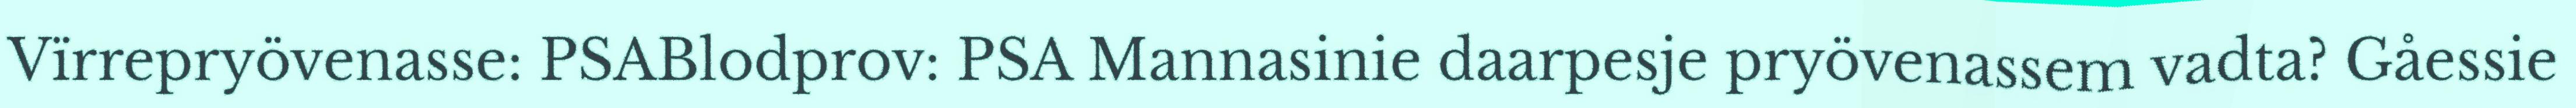
Vïrrepryövenasse: PSABlodprov: PSA Mannasinie daarpesje pryövenassem vadta? Gåessie